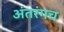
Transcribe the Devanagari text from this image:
अंतरंगच